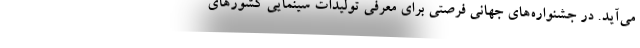
می‌آید. در جشنواره‌های جهانی فرصتی برای معرفی تولیدات سینمایی کشورهای